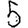
Digit: 5